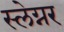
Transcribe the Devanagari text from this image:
स्लेग्नर